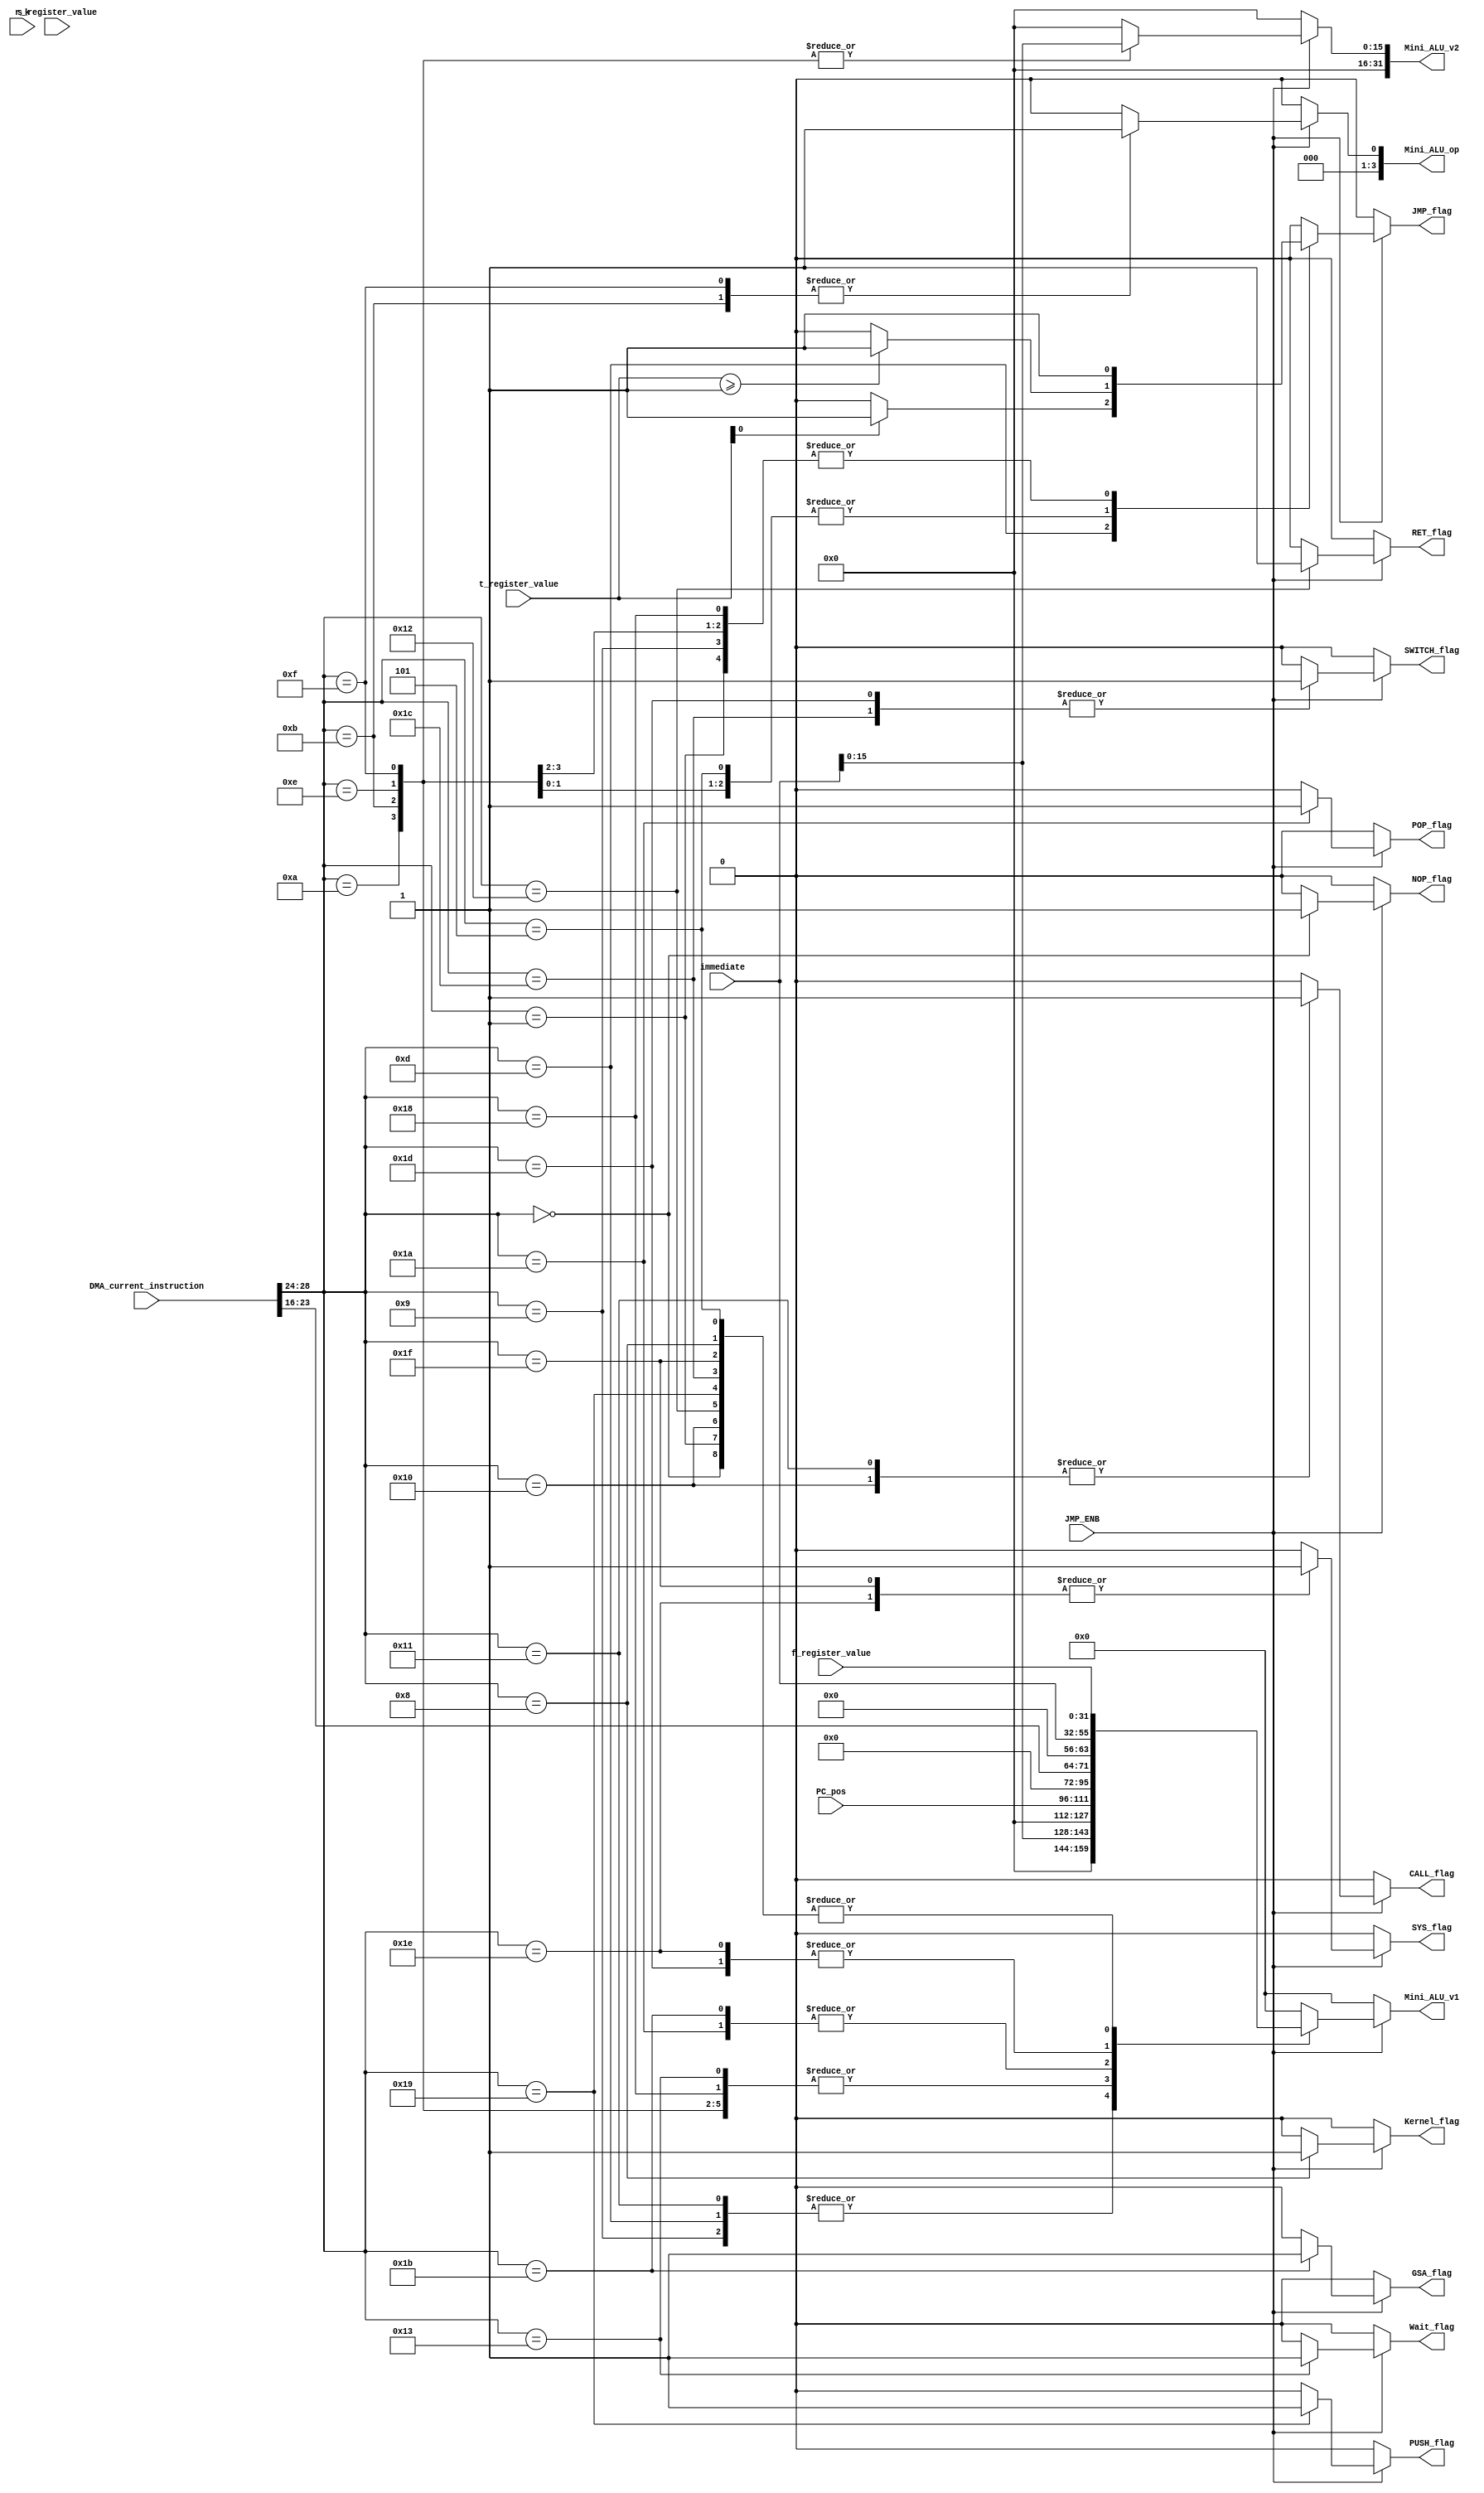
module ProgramDecoder(
	input JMP_ENB,
	input [31:0] DMA_current_instruction,
	input [31:0] f_register_value,
	input [31:0] s_register_value,
	input [31:0] t_register_value,
	input [23:0] immediate,
	input [15:0] PC_pos,
	input [31:0] r_k,
	output reg NOP_flag = 0,
	output reg JMP_flag = 0,
	output reg CALL_flag = 0,
	output reg RET_flag = 0,
	output reg PUSH_flag = 0,
	output reg POP_flag = 0,
	output reg GSA_flag = 0,
	output reg SWITCH_flag = 0,
	output reg SYS_flag = 0,
	output reg Kernel_flag = 0,
	output reg Wait_flag = 0,
	output reg [3:0] Mini_ALU_op,
	output reg [31:0] Mini_ALU_v1,
	output reg [31:0] Mini_ALU_v2
);

	
	wire [15:0] new_pos;
	
	assign new_pos[15:0] = PC_pos[15:0];

	always@(*) begin
		if (JMP_ENB) begin
			case (DMA_current_instruction[28:24])
			
				5'b00000: begin // NOP
					Mini_ALU_op = 0;
					Mini_ALU_v1 = f_register_value;
					Mini_ALU_v2 = 32'b0;
					NOP_flag = 1;
					JMP_flag = 0;
					CALL_flag = 0;
					RET_flag = 0;
					PUSH_flag = 0;
					POP_flag = 0;
					GSA_flag = 0;
					SWITCH_flag = 0;
					SYS_flag = 0;
					Kernel_flag = 0;
					Wait_flag = 0;
				end
			
				5'b00001: begin // JMP
					Mini_ALU_op = 0;
					Mini_ALU_v1 = f_register_value;
					Mini_ALU_v2 = 32'b0;
					NOP_flag = 0;
					JMP_flag = 1;
					CALL_flag = 0;
					RET_flag = 0;
					PUSH_flag = 0;
					POP_flag = 0;
					GSA_flag = 0;
					SWITCH_flag = 0;
					SYS_flag = 0;
					Kernel_flag = 0;
					Wait_flag = 0;
				end

				5'b01001: begin // JMPi
					Mini_ALU_op = 0;
					Mini_ALU_v1 = immediate[15:0];
					Mini_ALU_v2 = 32'b0;
					NOP_flag = 0;
					JMP_flag = 1;
					CALL_flag = 0;
					RET_flag = 0;
					PUSH_flag = 0;
					POP_flag = 0;
					GSA_flag = 0;
					SWITCH_flag = 0;
					SYS_flag = 0;
					Kernel_flag = 0;
					Wait_flag = 0;
				end

				5'b01010: begin // JMPfi
					Mini_ALU_op = 0;
					Mini_ALU_v1 = new_pos;
					Mini_ALU_v2 = immediate[15:0];
					NOP_flag = 0;
					JMP_flag = 1;
					CALL_flag = 0;
					RET_flag = 0;
					PUSH_flag = 0;
					POP_flag = 0;
					GSA_flag = 0;
					SWITCH_flag = 0;
					SYS_flag = 0;
					Kernel_flag = 0;
					Wait_flag = 0;
				end

				5'b01011: begin // JMPbi
					Mini_ALU_op = 1;
					Mini_ALU_v1 = new_pos;
					Mini_ALU_v2 = immediate[15:0];
					NOP_flag = 0;
					JMP_flag = 1;
					CALL_flag = 0;
					RET_flag = 0;
					PUSH_flag = 0;
					POP_flag = 0;
					GSA_flag = 0;
					SWITCH_flag = 0;
					SYS_flag = 0;
					Kernel_flag = 0;
					Wait_flag = 0;
				end

				5'b00101: begin // JMPC
					Mini_ALU_op = 0;
					Mini_ALU_v1 = f_register_value;
					Mini_ALU_v2 = 32'b0;
					if (t_register_value >= 1)
						JMP_flag = 1;
					else
						JMP_flag = 0;
					
					NOP_flag = 0;
					CALL_flag = 0;
					RET_flag = 0;
					PUSH_flag = 0;
					POP_flag = 0;
					GSA_flag = 0;
					SWITCH_flag = 0;
					SYS_flag = 0;
					Kernel_flag = 0;
					Wait_flag = 0;
				end

				5'b01101: begin // JMPCi
					Mini_ALU_op = 0;
					Mini_ALU_v1 = immediate[15:0];
					Mini_ALU_v2 = 32'b0;
					if (t_register_value[0] == 1)
						JMP_flag = 1;
					else
						JMP_flag = 0;
					
					NOP_flag = 0;
					CALL_flag = 0;
					RET_flag = 0;
					PUSH_flag = 0;
					POP_flag = 0;
					GSA_flag = 0;
					SWITCH_flag = 0;
					SYS_flag = 0;
					Kernel_flag = 0;
					Wait_flag = 0;
				end

				5'b01110: begin // JMPCfi
					Mini_ALU_op = 0;
					Mini_ALU_v1 = new_pos;
					Mini_ALU_v2 = immediate[15:0];
					if (t_register_value >= 1)
						JMP_flag = 1;
					else
						JMP_flag = 0;
					
					NOP_flag = 0;
					CALL_flag = 0;
					RET_flag = 0;
					PUSH_flag = 0;
					POP_flag = 0;
					GSA_flag = 0;
					SWITCH_flag = 0;
					SYS_flag = 0;
					Kernel_flag = 0;
					Wait_flag = 0;
				end

				5'b01111: begin // JMPCbi
					Mini_ALU_op = 1;
					Mini_ALU_v1 = new_pos;
					Mini_ALU_v2 = immediate[15:0];
					if (t_register_value >= 1)
						JMP_flag = 1;
					else
						JMP_flag = 0;

					NOP_flag = 0;
					CALL_flag = 0;
					RET_flag = 0;
					PUSH_flag = 0;
					POP_flag = 0;
					GSA_flag = 0;
					SWITCH_flag = 0;
					SYS_flag = 0;
					Kernel_flag = 0;
					Wait_flag = 0;
				end

				5'b10000: begin // CALL
					Mini_ALU_op = 0;
					Mini_ALU_v1 = f_register_value;
					Mini_ALU_v2 = 32'b0;
					NOP_flag = 0;
					CALL_flag = 1;
					RET_flag = 0;
					JMP_flag = 0;
					PUSH_flag = 0;
					POP_flag = 0;
					GSA_flag = 0;
					SWITCH_flag = 0;
					SYS_flag = 0;
					Kernel_flag = 0;
					Wait_flag = 0;
				end

				5'b10001: begin // CALLi
					Mini_ALU_op = 0;
					Mini_ALU_v1 = immediate[15:0];
					Mini_ALU_v2 = 32'b0;
					NOP_flag = 0;
					CALL_flag = 1;
					RET_flag = 0;
					JMP_flag = 0;
					PUSH_flag = 0;
					POP_flag = 0;
					GSA_flag = 0;
					SWITCH_flag = 0;
					SYS_flag = 0;
					Kernel_flag = 0;
					Wait_flag = 0;
				end

				5'b10010: begin // RET
					Mini_ALU_op = 0;
					Mini_ALU_v1 = f_register_value;
					Mini_ALU_v2 = 32'b0;
					NOP_flag = 0;
					JMP_flag = 0;
					CALL_flag = 0;
					RET_flag = 1;
					PUSH_flag = 0;
					POP_flag = 0;
					GSA_flag = 0;
					SWITCH_flag = 0;
					SYS_flag = 0;
					Kernel_flag = 0;
					Wait_flag = 0;
				end

				5'b10011: begin // WAIT
					Mini_ALU_op = 0;
					Mini_ALU_v1 = new_pos;
					Mini_ALU_v2 = 32'b0;
					NOP_flag = 0;
					JMP_flag = 0;
					CALL_flag = 0;
					RET_flag = 0;
					PUSH_flag = 0;
					POP_flag = 0;
					GSA_flag = 0;
					SWITCH_flag = 0;
					SYS_flag = 0;
					Kernel_flag = 0;
					Wait_flag = 1;
				end

				5'b11000: begin // HALT
					Mini_ALU_op = 0;
					Mini_ALU_v1 = new_pos;
					Mini_ALU_v2 = 32'b0;
					NOP_flag = 0;
					JMP_flag = 1;
					CALL_flag = 0;
					RET_flag = 0;
					PUSH_flag = 0;
					POP_flag = 0;
					GSA_flag = 0;
					SWITCH_flag = 0;
					SYS_flag = 0;
					Kernel_flag = 0;
					Wait_flag = 0;
				end

				5'b11001: begin // PUSH
					Mini_ALU_op = 0;
					Mini_ALU_v1 = f_register_value;
					Mini_ALU_v2 = 32'b0;
					NOP_flag = 0;
					JMP_flag = 0;
					CALL_flag = 0;
					RET_flag = 0;
					PUSH_flag = 1;
					POP_flag = 0;
					GSA_flag = 0;
					SWITCH_flag = 0;
					SYS_flag = 0;
					Kernel_flag = 0;
					Wait_flag = 0;
				end

				5'b11010: begin // POP
					Mini_ALU_op = 0;
					Mini_ALU_v1 = DMA_current_instruction[23:16]; // Code from register inserted in the third reg pos
					Mini_ALU_v2 = 32'b0;
					NOP_flag = 0;
					JMP_flag = 0;
					CALL_flag = 0;
					RET_flag = 0;
					PUSH_flag = 0;
					POP_flag = 1;
					GSA_flag = 0;
					SWITCH_flag = 0;
					SYS_flag = 0;
					Kernel_flag = 0;
					Wait_flag = 0;
				end

				5'b11011: begin // GSA
					Mini_ALU_op = 0;
					Mini_ALU_v1 = DMA_current_instruction[23:16]; // Code from register inserted in the third reg pos
					Mini_ALU_v2 = 32'b0;
					NOP_flag = 0;
					JMP_flag = 0;
					CALL_flag = 0;
					RET_flag = 0;
					PUSH_flag = 0;
					POP_flag = 0;
					GSA_flag = 1;
					SWITCH_flag = 0;
					SYS_flag = 0;
					Kernel_flag = 0;
					Wait_flag = 0;
				end

				5'b11100: begin // SWITCH
					Mini_ALU_op = 0;
					Mini_ALU_v1 = f_register_value;
					Mini_ALU_v2 = 32'b0;
					NOP_flag = 0;
					JMP_flag = 0;
					CALL_flag = 0;
					RET_flag = 0;
					PUSH_flag = 0;
					POP_flag = 0;
					GSA_flag = 0;
					SWITCH_flag = 1;
					SYS_flag = 0;
					Kernel_flag = 0;
					Wait_flag = 0;
				end

				5'b11101: begin // SWITCHi
					Mini_ALU_op = 0;
					Mini_ALU_v1 = immediate;
					Mini_ALU_v2 = 32'b0;
					NOP_flag = 0;
					JMP_flag = 0;
					CALL_flag = 0;
					RET_flag = 0;
					PUSH_flag = 0;
					POP_flag = 0;
					GSA_flag = 0;
					SWITCH_flag = 1;
					SYS_flag = 0;
					Kernel_flag = 0;
					Wait_flag = 0;
				end

				5'b11110: begin // SYSCall
					Mini_ALU_op = 0;
					Mini_ALU_v1 = immediate;
					Mini_ALU_v2 = 32'b0;
					NOP_flag = 0;
					JMP_flag = 0;
					CALL_flag = 0;
					RET_flag = 0;
					PUSH_flag = 0;
					POP_flag = 0;
					GSA_flag = 0;
					SWITCH_flag = 0;
					SYS_flag = 1;
					Kernel_flag = 0;
					Wait_flag = 0;
				end

				5'b11111: begin // SYSCalli
					Mini_ALU_op = 0;
					Mini_ALU_v1 = f_register_value;
					Mini_ALU_v2 = 32'b0;
					NOP_flag = 0;
					JMP_flag = 0;
					CALL_flag = 0;
					RET_flag = 0;
					PUSH_flag = 0;
					POP_flag = 0;
					GSA_flag = 0;
					SWITCH_flag = 0;
					SYS_flag = 1;
					Kernel_flag = 0;
					Wait_flag = 0;
				end

				5'b01000: begin // GTP
					Mini_ALU_op = 0;
					Mini_ALU_v1 = f_register_value;
					Mini_ALU_v2 = 32'b0;

					NOP_flag = 0;
					JMP_flag = 0;
					CALL_flag = 0;
					RET_flag = 0;
					PUSH_flag = 0;
					POP_flag = 0;
					GSA_flag = 0;
					SWITCH_flag = 0;
					SYS_flag = 0;
					Kernel_flag = 1;
					Wait_flag = 0;
				end
				
				default: begin
					NOP_flag = 0;
					JMP_flag = 0;
					Mini_ALU_op = 0;
					Mini_ALU_v1 = 0;
					Mini_ALU_v2 = 0;
					CALL_flag = 0;
					RET_flag = 0;
					PUSH_flag = 0;
					POP_flag = 0;
					GSA_flag = 0;
					SWITCH_flag = 0;
					SYS_flag = 0;
					Kernel_flag = 0;
					Wait_flag = 0;
				end
			
			endcase
		end else begin
			NOP_flag = 0;
			JMP_flag = 0;
			Mini_ALU_op = 0;
			Mini_ALU_v1 = 0;
			Mini_ALU_v2 = 0;
			CALL_flag = 0;
			RET_flag = 0;
			PUSH_flag = 0;
			POP_flag = 0;
			GSA_flag = 0;
			SWITCH_flag = 0;
			SYS_flag = 0;
			Kernel_flag = 0;
			Wait_flag = 0;
		end
	end

endmodule